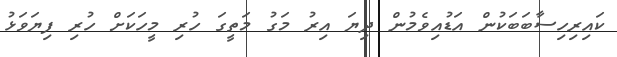
ކައިރިހިސާބަބަކުން އަޑުއިވެމުން ދިޔަ އިރު މަގު މަތީގަ ހުރި މީހަކަށް ހުރި ފިޔަވަޅު